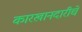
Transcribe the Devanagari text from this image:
कारखानदारीचे